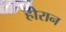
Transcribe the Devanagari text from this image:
होरान